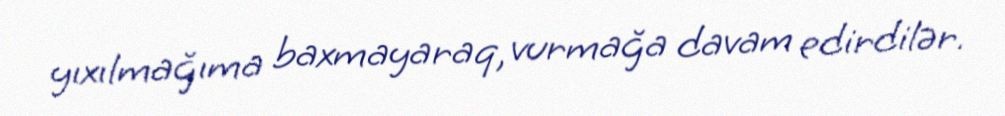
yıxılmağıma baxmayaraq, vurmağa davam edirdilər.